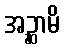
အဉ္ဆာမိ